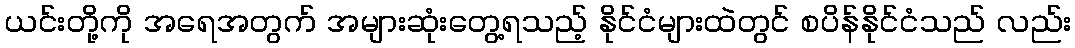
ယင်းတို့ကို အရေအတွက် အများဆုံးတွေ့ရသည့် နိုင်ငံများထဲတွင် စပိန်နိုင်ငံသည် လည်း